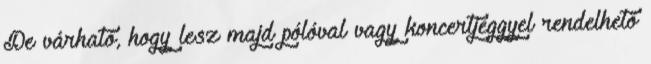
De várható, hogy lesz majd pólóval vagy koncertjeggyel rendelhető